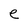
Character: e